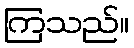
ကြသည်။